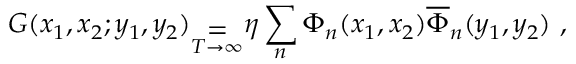
G ( x _ { 1 } , x _ { 2 } ; y _ { 1 } , y _ { 2 } ) _ { \stackrel { { \displaystyle = } } { T \rightarrow \infty } } \eta \sum _ { n } \Phi _ { n } ( x _ { 1 } , x _ { 2 } ) \overline { { \Phi } } _ { n } ( y _ { 1 } , y _ { 2 } ) \ ,